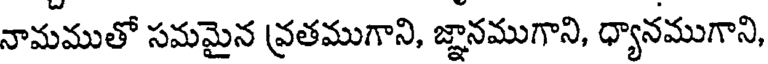
నామముతో సమమైన వ్రతముగాని, జ్ఞానముగాని, ధ్యానముగాని,